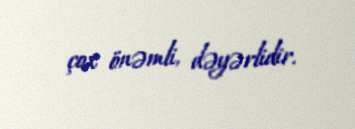
çox önəmli, dəyərlidir.